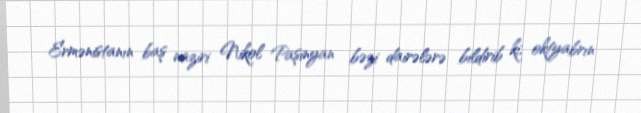
Ermənistanın baş naziri Nikol Paşinyan bəzi dairələrə bildirib ki, oktyabrın